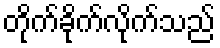
တိုက်ခိုက်လိုက်သည်